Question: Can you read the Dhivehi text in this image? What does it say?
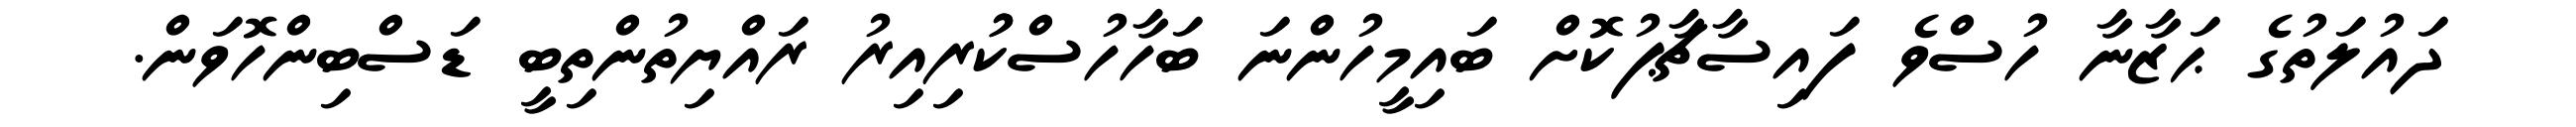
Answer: ދައުލަތުގެ ޙަޒާނާ ހުސްވެ ފައިސާޗާޕުކޮށް ބައިމީހުންނަ ބަހާހުސްކުުރިއިރު ރައްޔިތުންތިބީ ޑަސްބިންހޮވަން.